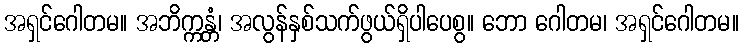
အရှင်ဂေါတမ။ အဘိက္ကန္တံ၊ အလွန်နှစ်သက်ဖွယ်ရှိပါပေစွ။ ဘော ဂေါတမ၊ အရှင်ဂေါတမ။